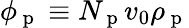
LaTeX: \phi_{\mathrm{~p~}}\equiv N_{\mathrm{~p~}}v_{0}\rho_{\mathrm{~p~}}